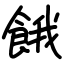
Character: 餓